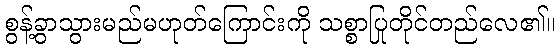
စွန့်ခွာသွားမည်မဟုတ်ကြောင်းကို သစ္စာပြုတိုင်တည်လေ၏။